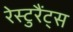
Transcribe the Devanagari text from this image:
रेस्टुरैंट्स